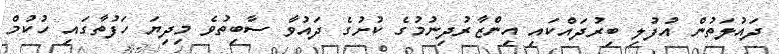
ދައުލަތުން އުފުލި ބިރުދައްކައި އިންޒާރުދިނުމުގެ ކުށުގެ ދައުވާ ސާބިތުވެ މިދިޔަ ހަފުތާގައި ހުކުމް